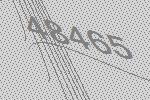
48465